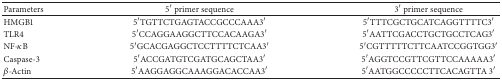
| Parameters | 5′ primer sequence | 3′primer sequence |
 | --- | --- | --- |
 | HMGB1 | 5′TGTTCTGAGTACCGCCCAAA3′ | 5′TTTCGCTGCATCAGGTTTTC3′ |
 | TLR4 | 5′CCAGGAAGGCTTCCACAAGA3′ | 5′AATTCGACCTGCTGCCTCAG3′ |
 | NF-κB | 5′GCACGAGGCTCCTTTTCTCAA3′ | 5′CGTTTTTCTTCAATCCGGTGG3′ |
 | Caspase-3 | 5′ACCGATGTCGATGCAGCTAA3′ | 5′AGGTCCGTTCGTTCCAAAAA3′ |
 | β-Actin | 5′AAGGAGGCAAAGGACACCAA3′ | 5′AATGGCCCCCTTCACAGTTA 3′ |